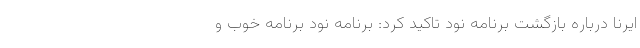
ایرنا درباره بازگشت برنامه نود تاکید کرد: برنامه نود برنامه خوب و